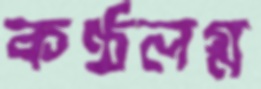
কণ্ঠলগ্ন